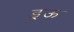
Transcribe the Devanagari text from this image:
इऊ